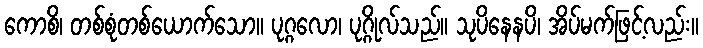
ကောစိ၊ တစ်စုံတစ်ယောက်သော။ ပုဂ္ဂလော၊ ပုဂ္ဂိုလ်သည်။ သုပိနေနပိ၊ အိပ်မက်ဖြင့်လည်း။